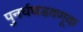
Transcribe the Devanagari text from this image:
पुनर्घघडवणूक